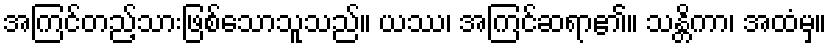
အကြင်တည့်သားဖြစ်သောသူသည်။ ယဿ၊ အကြင်ဆရာ၏။ သန္တိကာ၊ အထံမှ။